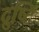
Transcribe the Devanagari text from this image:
द्रुष्टि